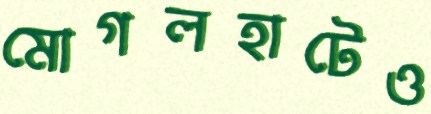
মোগলহাটেও